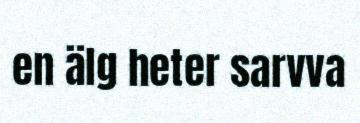
en älg heter sarvva